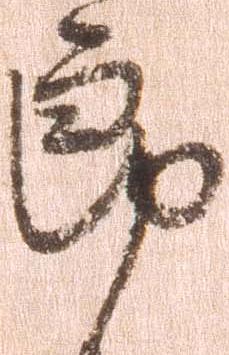
郎